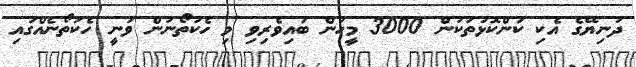
ދުނިޔޭގެ އެކި ކަންކޮޅުތަކުން 3000 މީހުން ބައިވެރިވި މި ހެކަތޯނުން ވަނީ ހެކަތޯނެއްގައި